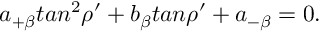
a _ { + \beta } t a n ^ { 2 } \rho ^ { \prime } + b _ { \beta } t a n \rho ^ { \prime } + a _ { - \beta } = 0 .